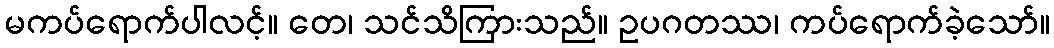
မကပ်ရောက်ပါလင့်။ တေ၊ သင်သိကြားသည်။ ဥပဂတဿ၊ ကပ်ရောက်ခဲ့သော်။